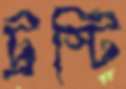
ট্রস্টি